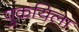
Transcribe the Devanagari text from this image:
पुकयिला